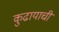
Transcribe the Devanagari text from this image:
कुढायाची